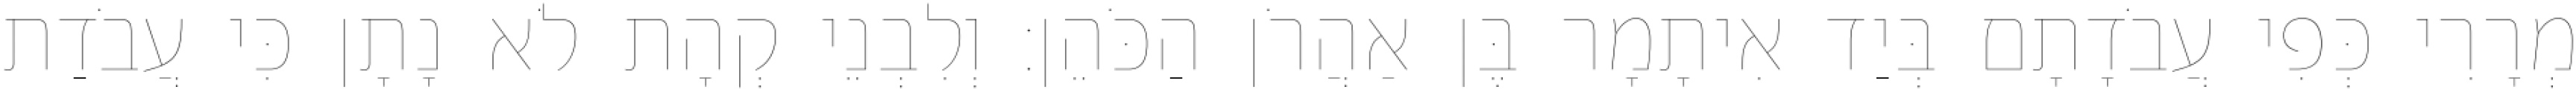
מְרָרִי כְּפִי עֲבֹדָתָם בְּיַד אִיתָמָר בֶּן אַהֲרֹן הַכֹּהֵן׃ וְלִבְנֵי קְהָת לֹא נָתָן כִּי עֲבֹדַת